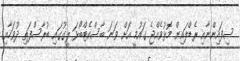
ސިފައިންނާއި ރެޑްލައިން މޮޅުވެއްޖެ ގައުމީ އަށް ވަނަ ބާސްކެޓްބޯޅަ ލީގުގައި ބުރާސްފަތި ދުވަހާއި